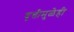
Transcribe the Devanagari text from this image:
वृत्तीमुळेही